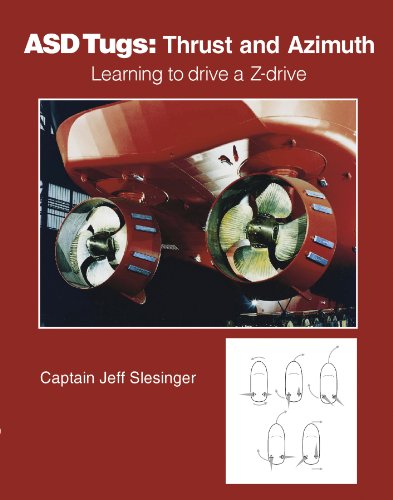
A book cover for ASD Tugs Learning to Drive a Z-drive; Captain Jeffery Slesinger; Business & Money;